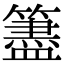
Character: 𥵧